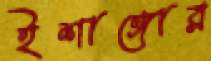
ইশাঙ্গোর